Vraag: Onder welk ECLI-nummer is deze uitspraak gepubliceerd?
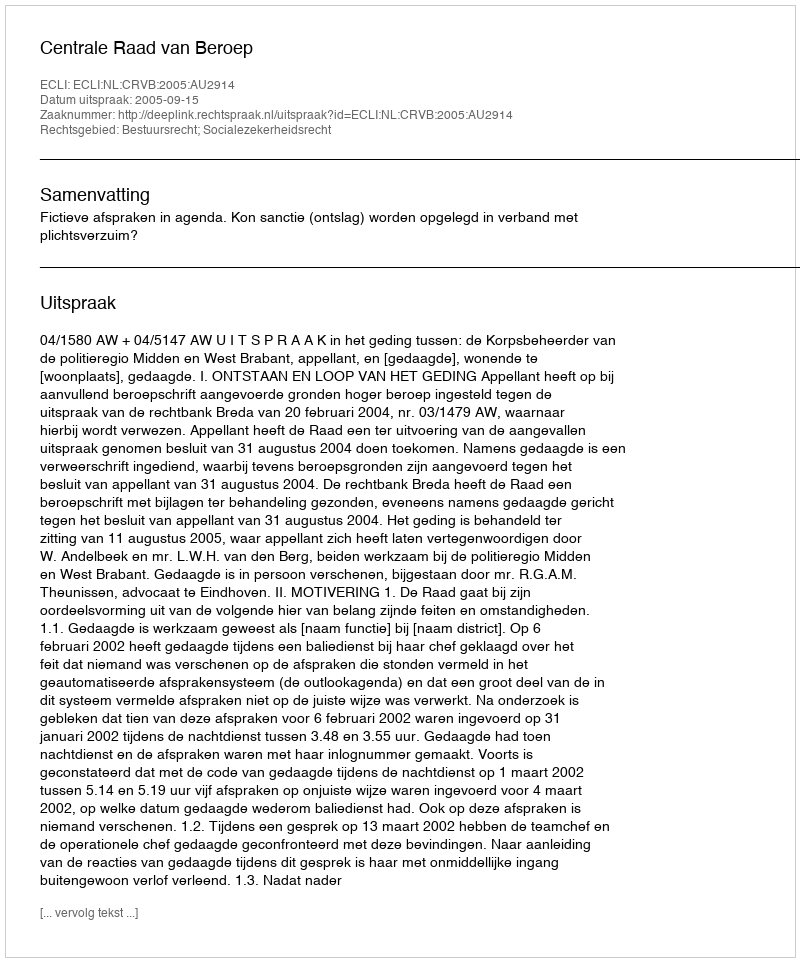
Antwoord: ECLI:NL:CRVB:2005:AU2914